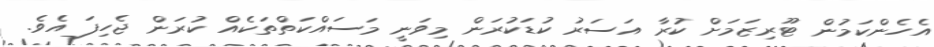
އެހެންކަމުން ޓޫރިޒަމަށް ކުރާ އަސަރު ކުޑަކުރަން މިވަނީ މަސައްކަތްތަކެއް ކުރަން ޖެހިފަ އެވެ.